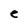
Character: e